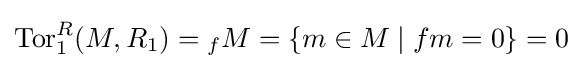
\operatorname {Tor} _{1}^{R}(M,R_{1})={}_{f}M=\{m\in M\mid fm=0\}=0